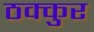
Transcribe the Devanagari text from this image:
ठक्कुर